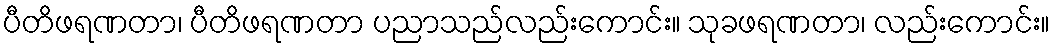
ပီတိဖရဏတာ၊ ပီတိဖရဏတာ ပညာသည်လည်းကောင်း။ သုခဖရဏတာ၊ လည်းကောင်း။